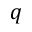
q